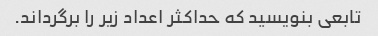
تابعی بنویسید که حداکثر اعداد زیر را برگرداند.